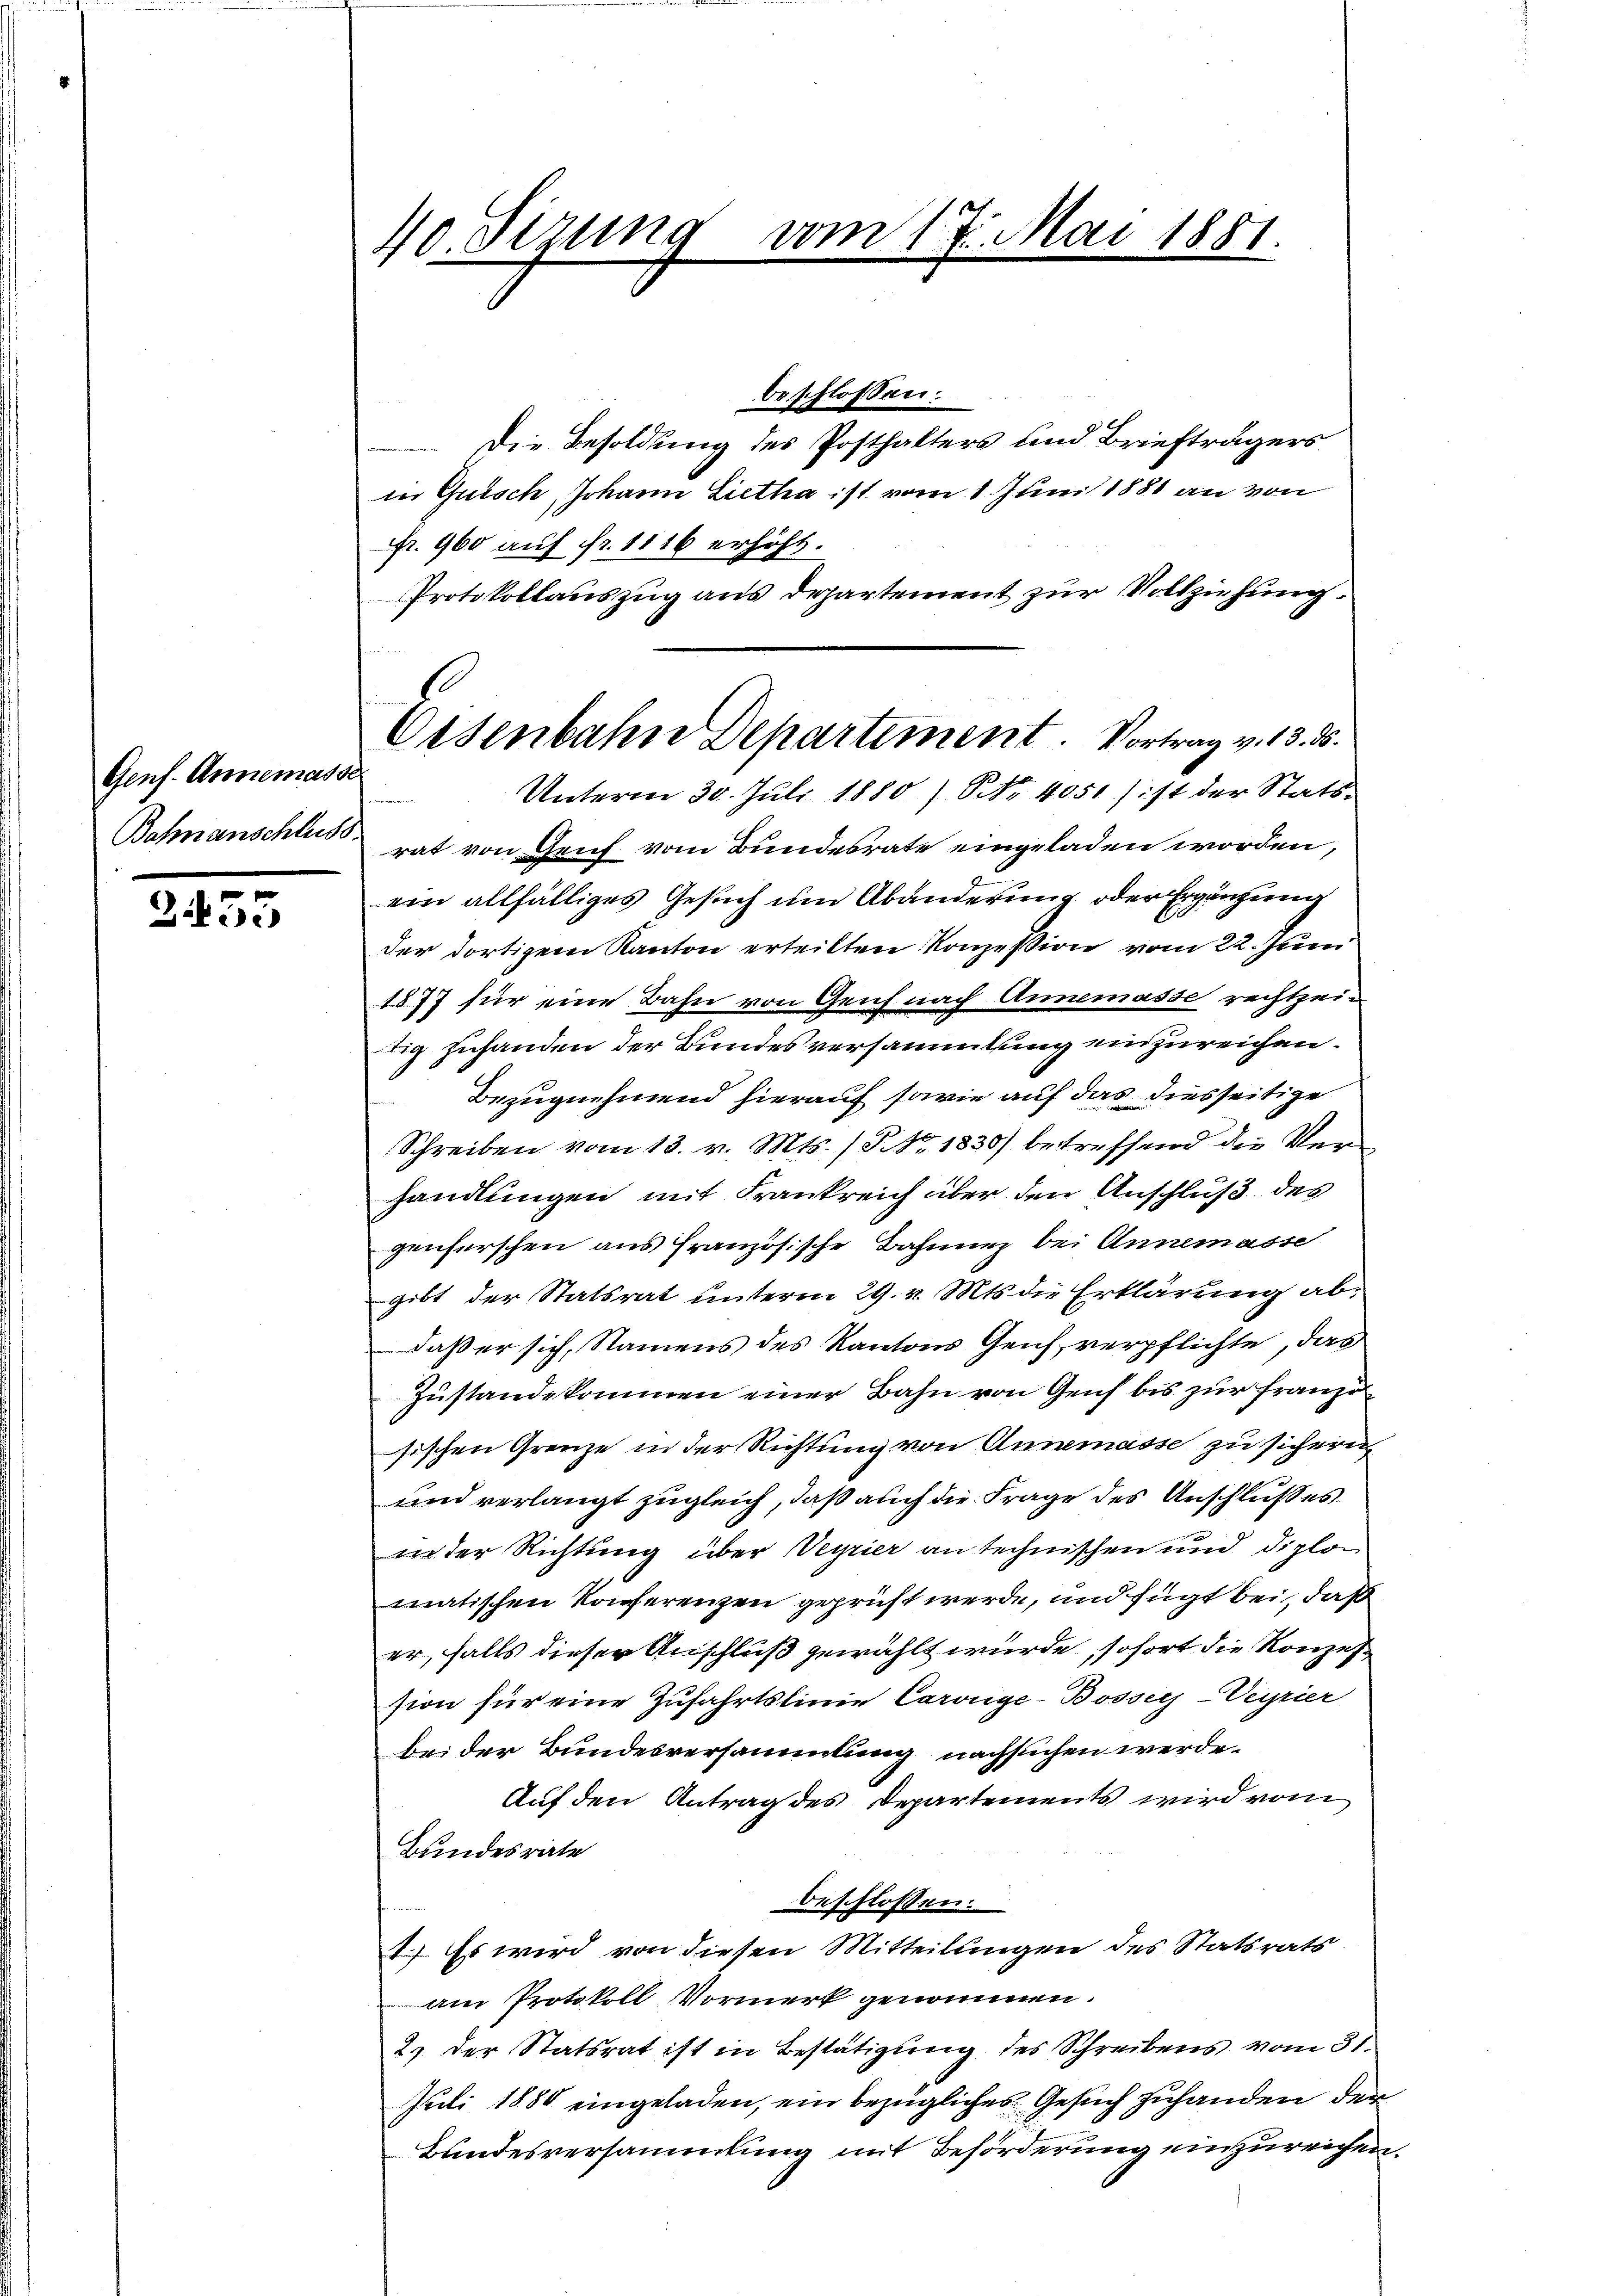
Gens. Annemasse
Bahnanschluss.

2455

40. Sizung vom 17. Mai 1881.

Eisenbahn Departement. Vortrag v. 13. 35.

beschlossen:
Die Besoldung des Posthalters und Briefträgers
in Guisch Johann Lietha ist vom 1. Juni 1881 an von
Fr. 900 auf fr. 1116 erhöht.
Protokollauszug aus Departement zur Vollziehung
Unterm 30. Juli 1880 / NNo. 4051) ist der Stats-
rat von Genf vom Bundesrate eingeladen worden,
ein allfälliges Gesuch um Abänderung oder Ergänzung
der dortigem Kanton erteilten Konzession vom 22. Juni
1877 für eine Bahn von Genf nach Annemasse rechtzeitig zuhanden der Bundesversammlung einzureichen.
Bezugnehmend hierauf sowie auf das diesseitige
Schreiben vom 13. v. Mts. (NNo. 1830) betreffend die Verhandlungen mit Frankreich über den Anschluß des
genferschen aus französische Bahnnen bei Annemasse
gibt der Statsrat unterm 29. v. Mts. die Erklärung abdaß er sich, Namens des Kantons Geich verpflichte, das
Zustandekommen einer Bahn von Genf bis zur Franzö
ösischen Grenze in der Richtung von Annemasse zu sichern
und verlangt zugleich, daß auch die Frage des Anschlußes
in der Richtung über Veyrier an technischen und diplomatischen Konferenzen geprüft werde, und fügt bei, daß
er, falls dieser Anschluß gewählt wurde, sofort die Konzession für eine Zufahrtslinie Caroege-Bosser-Veyrier
bei der Bundesversammlung nachsuchen werde.
Auf den Antrag des Departements wird vom
Bundesrate
beschlossen:
I. Es wird von diesen Mitteilungen des Statsrats
am Protokoll Vormerk genommen.
2) der Statsrat ist in Bestätigung des Schreibens vom 31.
Juli 1880 eingeladen, ein bezügliches Gesuch zuhanden der
Bundesversammlung mit Beförderung einzureichen.